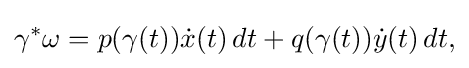
\displaystyle {\gamma ^{*}\omega =p(\gamma (t)){\dot {x}}(t)\,dt+q(\gamma (t)){\dot {y}}(t)\,dt,}